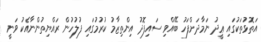
އަތޮޅުތަކުގައި ޢީދު ނަމާދަށްފަހު ބޭއްވި ސައިފޮދު އިންތިޒާމު ކުރުމުގައި ފުލުހުން ރައްޔިތުންނާއެކު ވަނީ